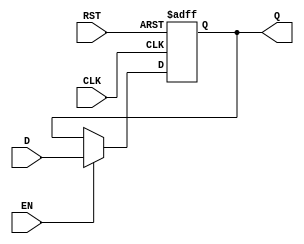
module DataRegister #(
    parameter WIDTH = 8  // Parameter to define the width of the register
)(
    input  wire [WIDTH-1:0] D,    // Data Input
    input  wire CLK,                // Clock Input
    input  wire RST,                // Reset Input
    input  wire EN,                 // Enable Input (optional)
    output reg  [WIDTH-1:0] Q       // Data Output
);

// Sequential logic for the Data Register
always @(posedge CLK or posedge RST) begin
    if (RST) begin
        Q <= {WIDTH{1'b0}};          // Asynchronous reset to zero
    end else if (EN) begin
        Q <= D;                     // Capture data on clock edge if enabled
    end
    // If EN is low, retain previous value of Q
end

endmodule